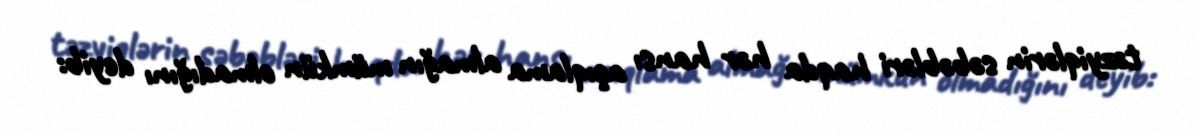
təzyiqlərin səbəbləri haqda hər hansı açıqlama almağın mümkün olmadığını deyib: